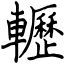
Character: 轣